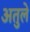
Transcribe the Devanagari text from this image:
अतुले